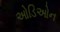
ઓડિઓન